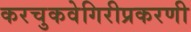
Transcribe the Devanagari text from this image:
करचुकवेगिरीप्रकरणी